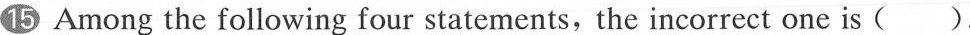
15 Among the following four statements,the incorrect one is ( ).